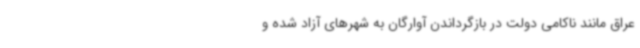
عراق مانند ناکامی دولت در بازگرداندن آوارگان به شهرهای آزاد شده‌ و